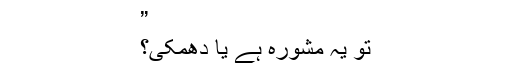
”
تو یہ مشورہ ہے یا دھمکی؟